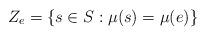
LaTeX: \begin{align*}Z_e = \left\{ s \in S : \mu(s) = \mu(e) \right\}\end{align*}